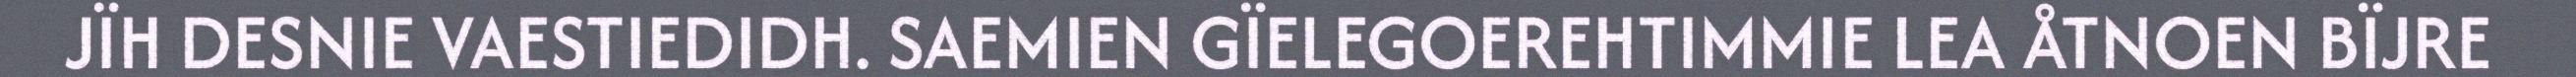
JÏH DESNIE VAESTIEDIDH. SAEMIEN GÏELEGOEREHTIMMIE LEA ÅTNOEN BÏJRE